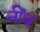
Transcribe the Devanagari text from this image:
नींब